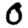
Digit: 0